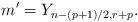
LaTeX: \begin{align*}m' = Y_{n - (p+1)/2, r + p}.\end{align*}